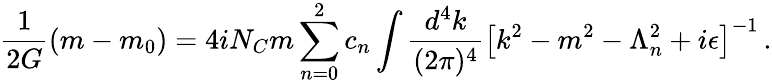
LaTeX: \frac{1}{2G}\left(m-m_{0}\right)=4iN_{C}m\sum_{n=0}^{2}c_{n}\int\frac{d^{4}k}{(2\pi)^{4}}\left[k^{2}-m^{2}-\Lambda_{n}^{2}+i\epsilon\right]^{-1}\, .